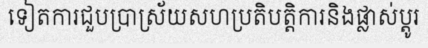
ទៀតការជួបប្រាស្រ័យសហប្រតិបត្តិការនិងផ្លាស់ប្តូរ